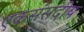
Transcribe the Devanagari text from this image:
एकसंसदीय